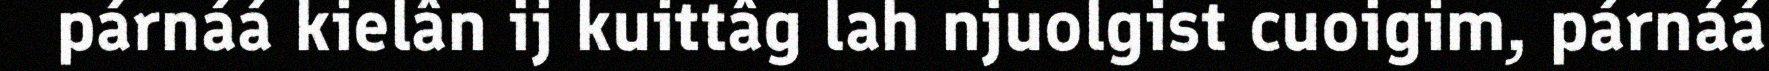
párnáá kielân ij kuittâg lah njuolgist cuoigim, párnáá